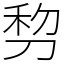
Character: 剓